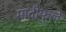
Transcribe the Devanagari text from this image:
मादीफुले